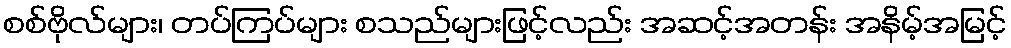
စစ်ဗိုလ်များ၊ တပ်ကြပ်များ စသည်များဖြင့်လည်း အဆင့်အတန်း အနိမ့်အမြင့်